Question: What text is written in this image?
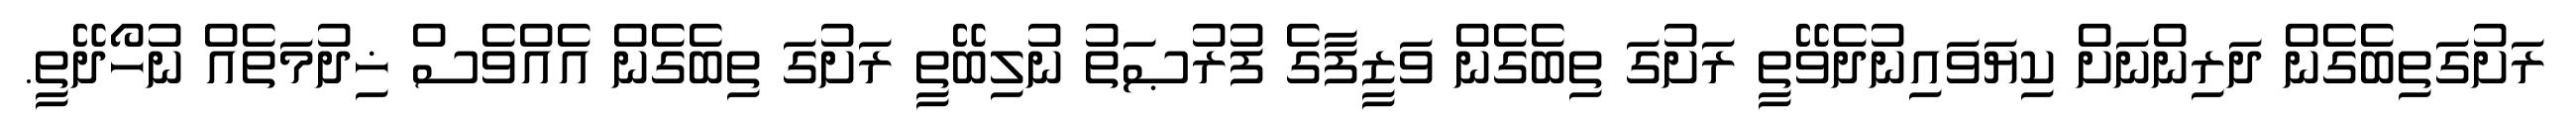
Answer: ރަށުގަތިބެގެން ދަރިންނަށް ކިޔަވައިނުދެވޭތީ ރަށުގަ ތިބެގެން ވަޒީފާގެ ފުރުޞަތު ނުލިބޭތީ ރަށުގަ ތިބެގެން އެއްވެސް ޚިދުމަތެއް ނުހޯދޭތީ.